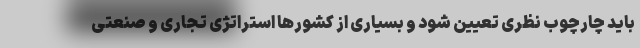
باید چارچوب نظری تعیین شود و بسیاری از کشورها استراتژی تجاری و صنعتی